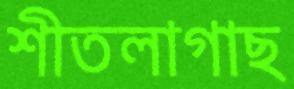
শীতলাগাছ